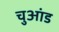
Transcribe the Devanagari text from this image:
चुआंड